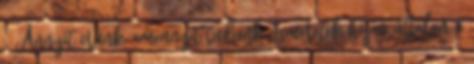
„ Annyit érünk, amennyit tudunk Ismeretek híján úttalan a